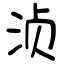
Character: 浈